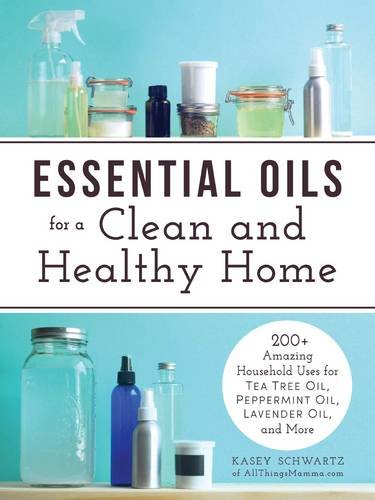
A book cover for Essential Oils for a Clean and Healthy Home: 200+ Amazing Household Uses for Tea Tree Oil, Peppermint Oil, Lavender Oil, and More; Kasey Schwartz; Crafts, Hobbies & Home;